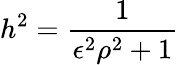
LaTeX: h^{2}=\frac{1}{\epsilon^{2}\rho^{2}+1}